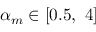
\alpha _ { m } \in [ 0 . 5 , \ 4 ]